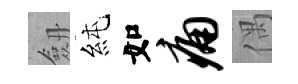
劔純如痛偶